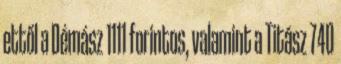
ettől a Démász 1111 forintos, valamint a Titász 740